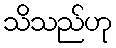
သိသည်ဟု